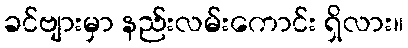
ခင်ဗျားမှာ နည်းလမ်းကောင်း ရှိလား။